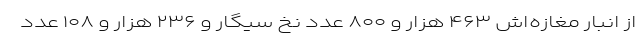
از انبار مغازه‌اش ۴۶۳ هزار و ۸۰۰ عدد نخ سیگار و ۲۳۶ هزار و ۱۰۸ عدد